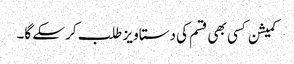
کمیشن کسی بھی قسم کی دستاویز طلب کرسکے گا۔